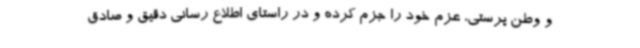
و وطن پرستی، عزم خود را جزم کرده و در راستای اطلاع رسانی دقیق و صادق